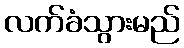
လက်ခံသွားမည်